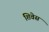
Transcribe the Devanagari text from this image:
शिवेस